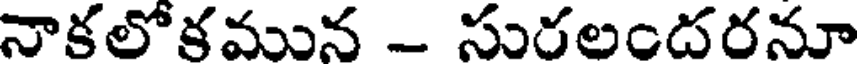
నాకలోకమున - సురలందరనూ